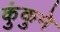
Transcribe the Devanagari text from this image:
कुंकुमे